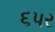
૬પર